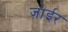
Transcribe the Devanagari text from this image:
ज़ाईर